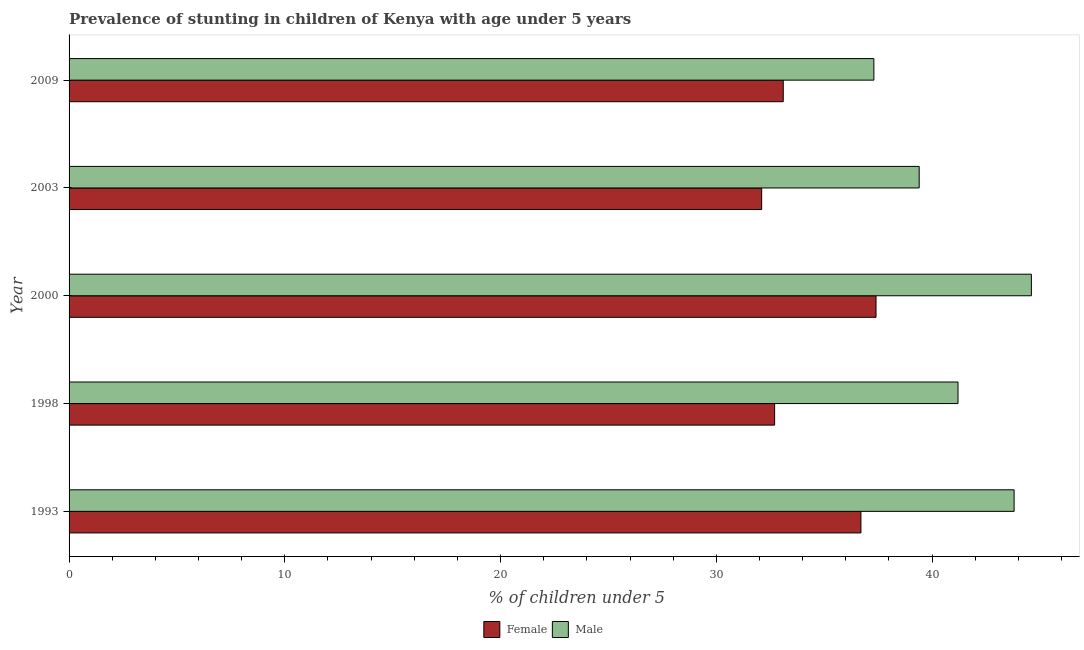
| Year | Female | Male |
 | --- | --- | --- |
 | 1993 | 36.7 | 43.8 |
 | 1998 | 32.7 | 41.2 |
 | 2000 | 37.4 | 44.6 |
 | 2003 | 32.1 | 39.4 |
 | 2009 | 33.1 | 37.3 |